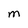
Character: M